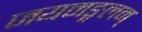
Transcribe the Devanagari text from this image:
जयमङ्गलम्‌